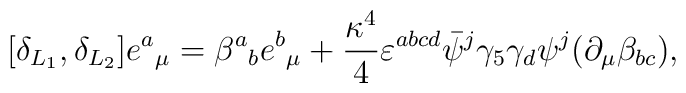
[\delta_{L_{1}}, \delta_{L_{2}}] e{^a}_{\mu}= \beta{^a}_b e{^b}_{\mu}+ {\kappa^{4} \over 4} \varepsilon^{abcd} \bar{\psi}{^j}\gamma_5 \gamma_d \psi{^j}(\partial_{\mu} \beta_{bc}),